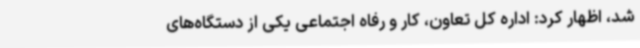
شد، اظهار کرد: اداره کل تعاون، کار و رفاه اجتماعی یکی از دستگاه‌های